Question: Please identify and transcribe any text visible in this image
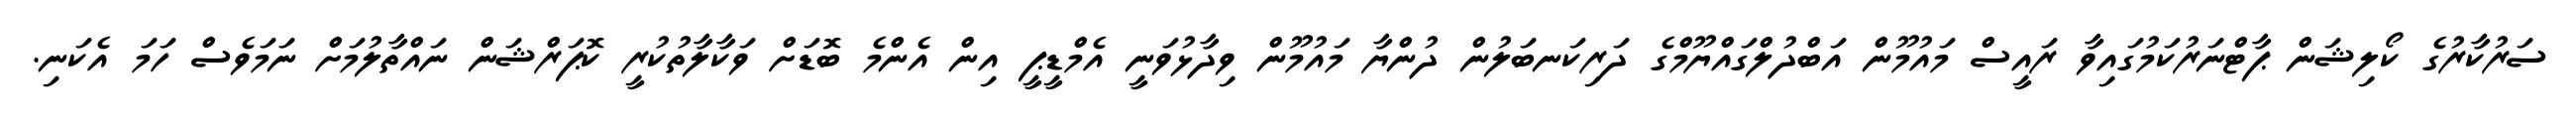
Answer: ސަރުކާރުގެ ކޯލިޝަން ޕާޓްނަރުކަމުގައިވާ ރައީސް މައުމޫން އަބްދުލްގައްޔޫމްގެ ދަރިކަނބަލުން ދުންޔާ މައުމޫން ވިދާޅުވަނީ އެމްޑީޕީ އިން އެންމެ ބޮޑަށް ވަކާލާތުކުރީ ކޮޕަރްޝަން ނައްތާލުމަށް ނަމަވެސް ހަމަ އެކަނި.